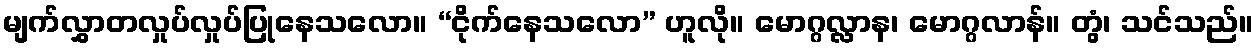
မျက်လွှာတလှုပ်လှုပ်ပြုနေသလော။ “ငိုက်နေသလော” ဟူလို။ မောဂ္ဂလ္လာန၊ မောဂ္ဂလာန်။ တွံ၊ သင်သည်။